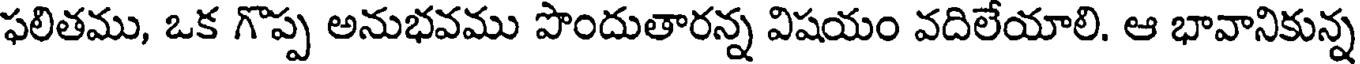
ఫలితము, ఒక గొప్ప అనుభవము పొందుతారన్న విషయం వదిలేయాలి. ఆ భావానికున్న